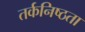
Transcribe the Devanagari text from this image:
तर्कनिष्ठता